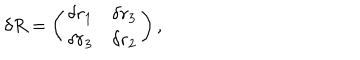
\delta R = \left( \begin{array} { c r c } { { \delta r _ { 1 } } } & { { \delta r _ { 3 } } } \\ { { \delta r _ { 3 } } } & { { \delta r _ { 2 } } } \\ \end{array} \right) ,